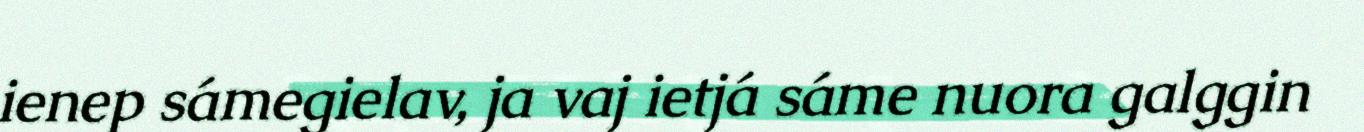
ienep sámegielav, ja vaj ietjá sáme nuora galggin